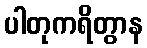
ပါတုကရိတွာန